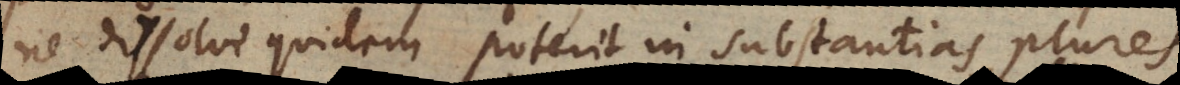
ne dissolvi quidem poterit in substantias plures.